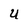
Character: U